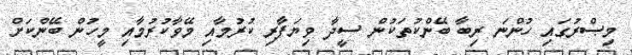
މިޞްރުގައި ހުންނަ ރިބާ ބޭންކުތަކުން ސީދާ ވިޔަފާރި ކުރުމާއި މޭވާކުރުމާއި މީހުން ބޭންކަށް